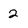
Character: 2